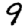
Digit: 9